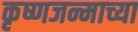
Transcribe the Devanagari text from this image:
कृष्णजन्माच्या